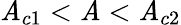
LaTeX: \mathit{A}_{c1}<\mathit{A}<\mathit{A}_{c2}